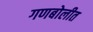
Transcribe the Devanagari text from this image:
गणबोलीत